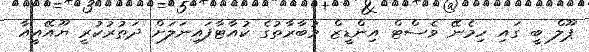
ޕޫލް ބީ ގައި ހިމެނޭ ވެސްޓް އިންޑީޒް މުބާރާތުގެ ކުއާޓާފައިނަލަށް ދަތުރުކުރީ ޔޫއޭއީއާ